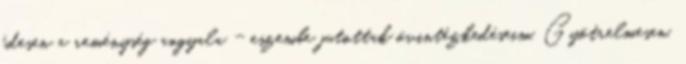
édesen a reménység angyala - eszembe jutottak óvintézkedéseim. Gyötrelmesen,